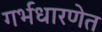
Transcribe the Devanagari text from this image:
गर्भधारणेत